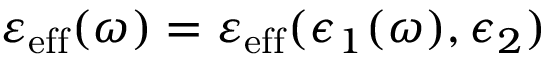
\varepsilon _ { \mathrm { e f f } } ( \omega ) = \varepsilon _ { \mathrm { e f f } } ( \epsilon _ { 1 } ( \omega ) , \epsilon _ { 2 } )